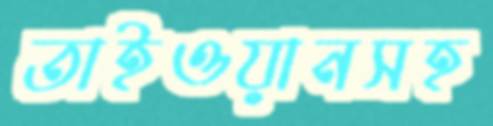
তাইওয়ানসহ